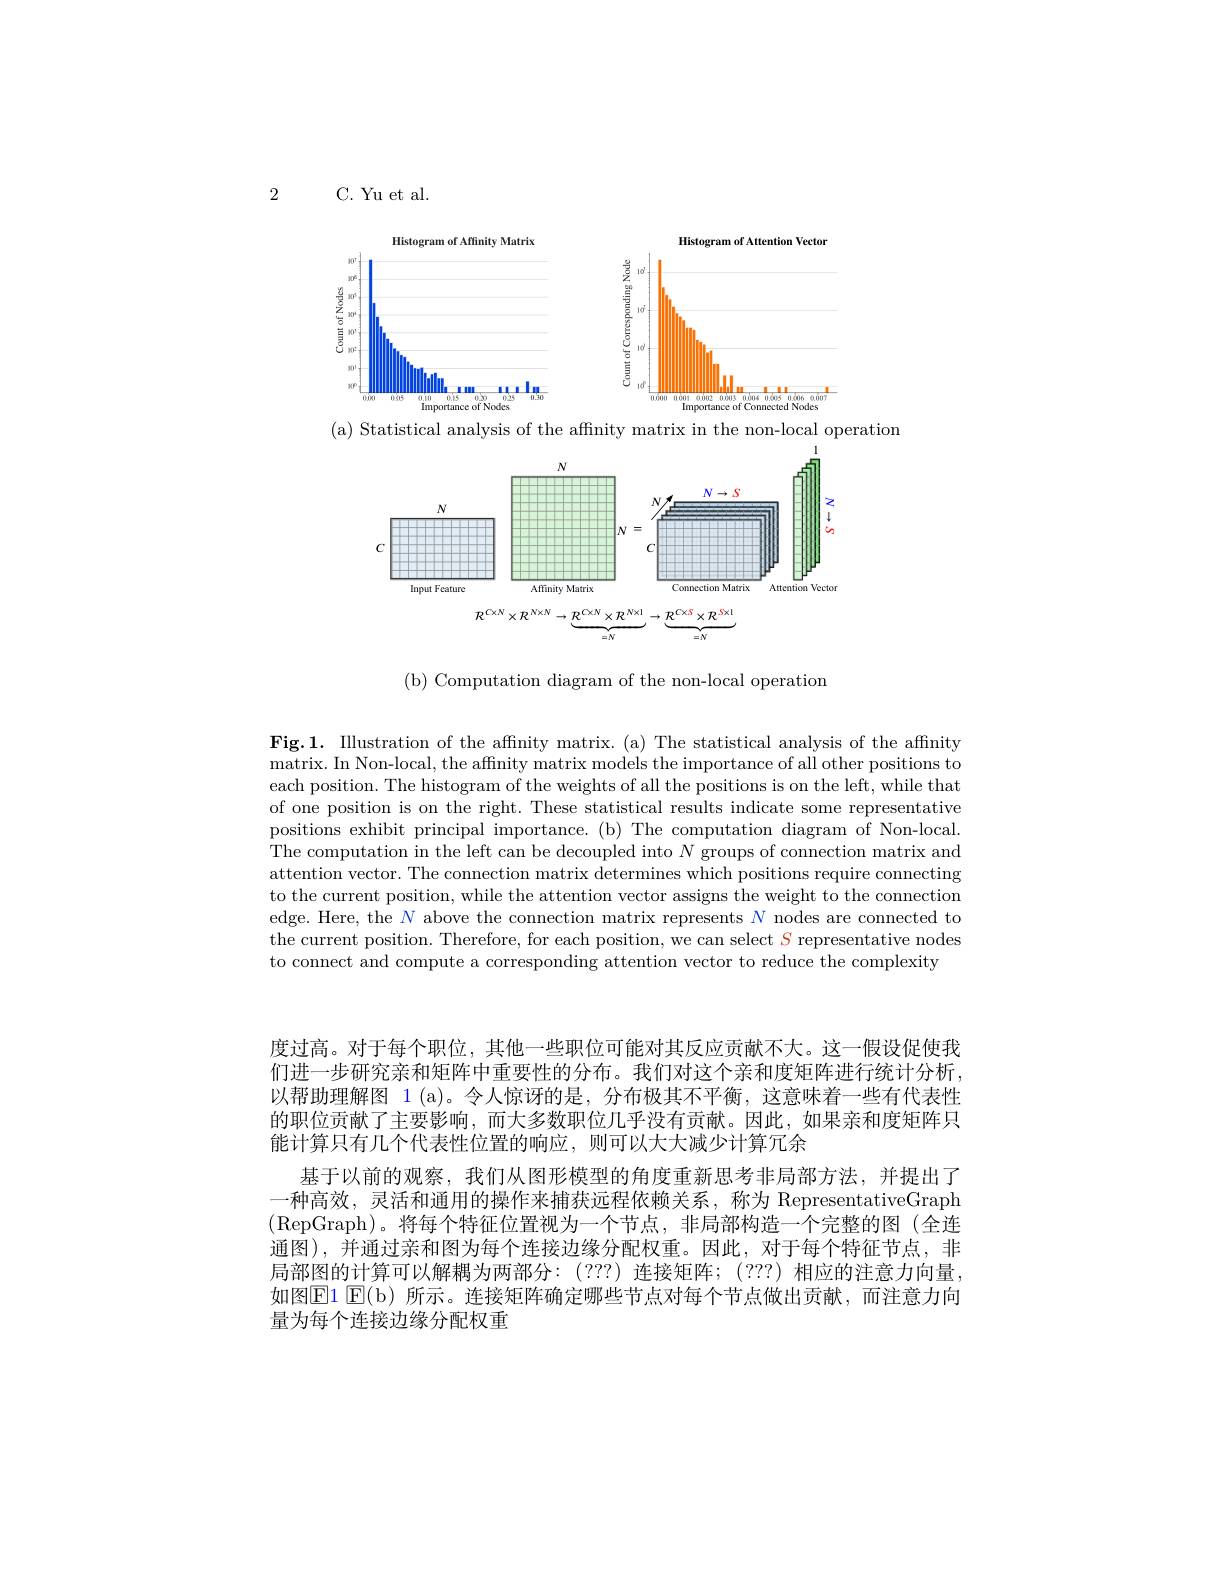
2

C. Yu et al.

<FigureHere>

( a) Statistical analysis of the affinity matrix in the non- local operation

<FigureHere>

( b) Computation diagram of the non- local operation

Fig.1. Illustration of the affnity matrix. (a) The statistical analysis of the affinity matrix. In Non-local, the affinity matrix models the importance of all other positions to each position. The histogram of the weights of all the positions is on the left, while that of one position is on the right. These statistical results indicate some representative positions exhibit principal importance. (b) The computation diagram of Non-local. The computation in the left can be decoupled into $N$ groups of connection matrix and attention vector. The connection matrix determines which positions require connecting to the current position, while the attention vector assigns the weight to the connection edge. Here, the $N$ above the connection matrix represents $N$ nodes are connected to the current position. Therefore, for each position, we can select $S$ representative nodes to connect and compute a corresponding attention vector to reduce the complexity

度过高。对于每个职位，其他一些职位可能对其反应贡献不大。这一假设促使我们进一步研究亲和矩阵中重要性的分布。我们对这个亲和度矩阵进行统计分析， 以帮助理解图 1 (a)。令人惊讶的是，分布极其不平衡，这意味着一些有代表性的职位贡献了主要影响，而大多数职位几乎没有贡献。因此，如果亲和度矩阵只能计算只有几个代表性位置的响应，则可以大大减少计算冗余
基于以前的观察，我们从图形模型的角度重新思考非局部方法，并提出了一种高效，灵活和通用的操作来捕获远程依赖关系，称为 RepresentativeGraph (RepGraph)。将每个特征位置视为一个节点，非局部构造一个完整的图(全连通图),并通过亲和图为每个连接边缘分配权重。因此，对于每个特征节点，非局部图的计算可以解耦为两部分：(???)连接矩阵；(???)相应的注意力向量， 如图E1 E( b) 所 示 。连 接 矩 阵 确 定 哪 些 节 点 对 每 个 节 点 做 出 贡 献 , 而 注 意 力 向 量为每个连接边缘分配权重